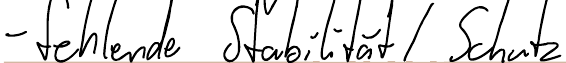
- fehlende Stabilität / Schutz